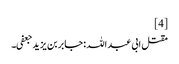
[4]
مقتل ابی عبد اللہ :جابر بن یزید جعفی۔